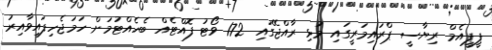
ޕީޕީއެމް ރިޔާސީ ޕްރައިމަރީގައި މުޅި ރާއްޖޭގައި 172 ވޯޓު ފޮއްޓެއް ބެހެއްޓުމަށް ހަމަޖެހިފައިވާއިރު